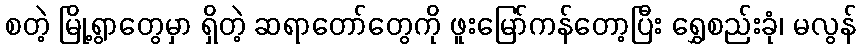
စတဲ့ မြို့ရွာတွေမှာ ရှိတဲ့ ဆရာတော်တွေကို ဖူးမြော်ကန်တော့ပြီး ရွှေစည်းခုံ၊ မလွန်